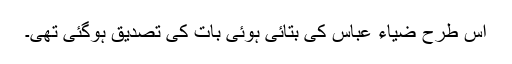
اس طرح ضیاء عباس کی بتائی ہوئی بات کی تصدیق ہوگئی تھی۔